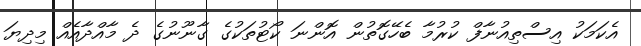
އެކަމަކު އިސްތިއުނާފް ކުރުމާ ބެހޭގޮތުން އޮންނަ ކޯޓުތަކުގެ ގާނޫނުގެ ދެ މާއްދާއެއް މިދިޔަ